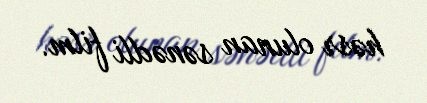
həsr olunan sənədli film.